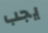
يجب